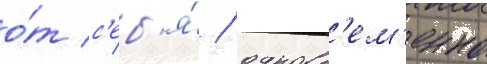
о́т с'еб'я́ / одновр'ем'енно